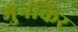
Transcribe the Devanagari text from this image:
मुनकिर